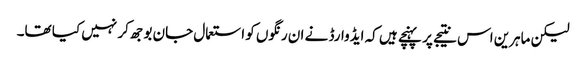
لیکن ماہرین اس نتیجے پر پہنچے ہیں کہ ایڈوارڈ نے ان رنگوں کو استعمال جان بوجھ کر نہیں کیا تھا۔